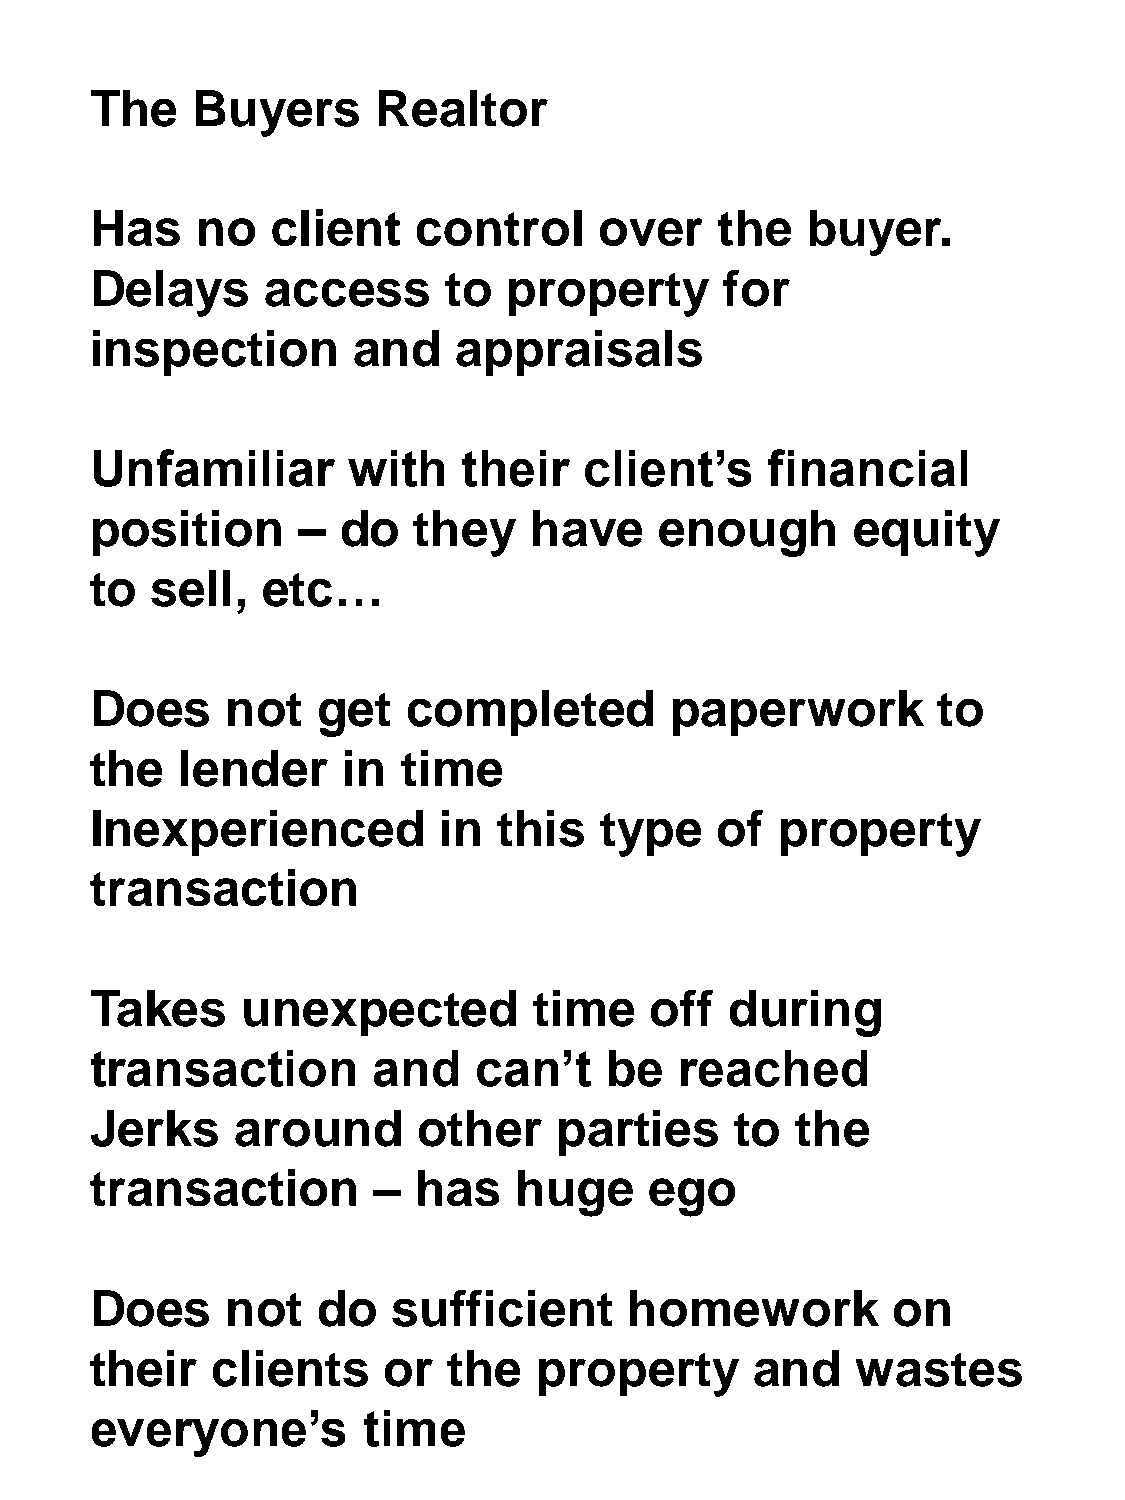
The    Buyers      Realtor
 Has    no   client   control      over    the  buyer.
 Delays      access      to  property      for
 inspection       and    appraisals
 Unfamiliar       with    their   client’s    financial
 position      – do   they    have     enough       equity
 to  sell,  etc…
 Does     not   get   completed        paperwork         to
 the   lender     in  time
 Inexperienced          in  this   type    of  property
 transaction
 Takes     unexpected         time    off  during
 transaction        and    can’t   be   reached
 Jerks     around      other    parties     to  the
 transaction        – has    huge     ego
 Does     not   do   sufficient      homework         on
 their   clients    or   the   property      and    wastes
 everyone’s        time